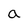
Character: a